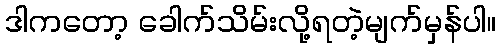
ဒါကတော့ ခေါက်သိမ်းလို့ရတဲ့မျက်မှန်ပါ။